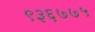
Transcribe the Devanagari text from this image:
९३६७७५